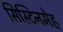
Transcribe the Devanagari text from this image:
सिस्टिनमेह